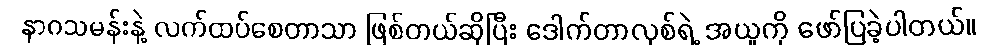
နာဂသမန်းနဲ့ လက်ထပ်စေတာသာ ဖြစ်တယ်ဆိုပြီး ဒေါက်တာလုစ်ရဲ့ အယူကို ဖော်ပြခဲ့ပါတယ်။